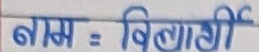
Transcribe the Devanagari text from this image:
नाम : बिबाशी